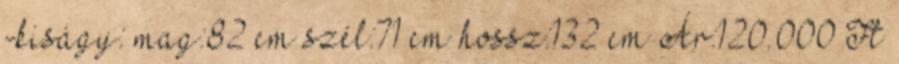
-kiságy: mag:82 cm szél:71 cm hossz:132 cm Ár:120.000 Ft